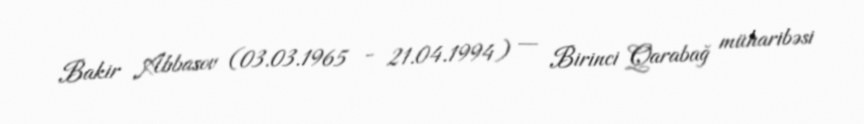
Bakir Abbasov (03.03.1965 - 21.04.1994) — Birinci Qarabağ müharibəsi